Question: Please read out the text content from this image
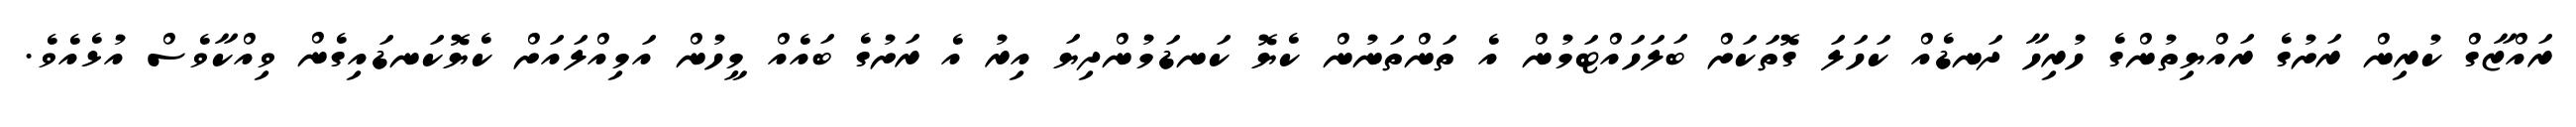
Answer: ރައްޒާގް ކުރިން ރަށުގެ ރައްޔިތުންގެ ހުރިހާ ދަނޑެއް ކަހަލަ ގޮތަކަށް ބަލަހައްޓަމުން އެ ތަންތަނުން ކެޔޮ ކަނޑަމުންދިޔަ އިރު އެ ރަށުގެ ބައެއް މީހުން އަމިއްލައަށް ކެޔޮކަނޑައިގެން ވިއްކާވެސް އުޅެއެވެ.